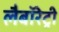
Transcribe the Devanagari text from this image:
लैबॉरेट्री